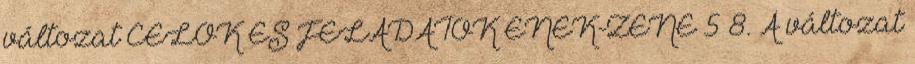
változat CÉLOK ÉS FELADATOK ÉNEK-ZENE 5 8. A változat